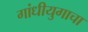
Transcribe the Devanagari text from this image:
गांधीयुगाचा